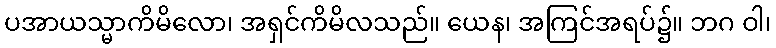
ပအာယသ္မာကိမိလော၊ အရှင်ကိမိလသည်။ ယေန၊ အကြင်အရပ်၌။ ဘဂ ဝါ၊